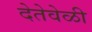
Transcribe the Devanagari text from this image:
देतेवेळी